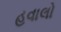
હવાલો